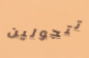
تتجولين